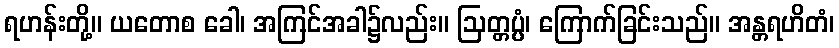
ရဟန်းတို့။ ယတောစ ခေါ၊ အကြင်အခါ၌လည်း။ ဩတ္တပ္ပံ၊ ကြောက်ခြင်းသည်။ အန္တရဟိတံ၊